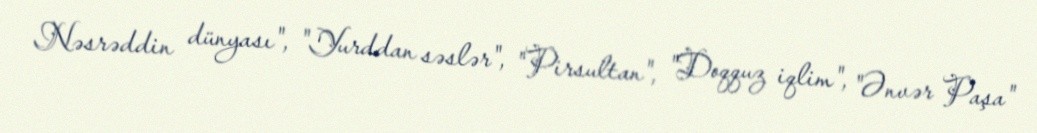
Nəsrəddin dünyası", "Yurddan səslər", "Pirsultan", "Doqquz iqlim", "Ənvər Paşa"